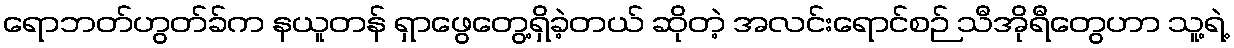
ရောဘတ်ဟွတ်ခ်က နယူတန် ရှာဖွေတွေ့ရှိခဲ့တယ် ဆိုတဲ့ အလင်းရောင်စဉ် သီအိုရီတွေဟာ သူ့ရဲ့